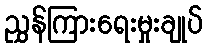
ညွှန်ကြားရေးမှုးချုပ်